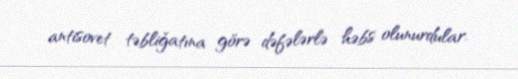
antisovet təbliǧatına görə dəfələrlə həbs olunurdular.